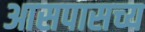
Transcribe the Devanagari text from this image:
आसपासच्य